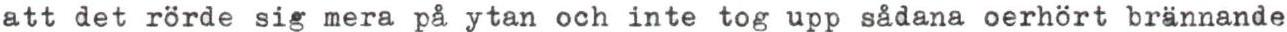
att det rörde sig mera på ytan och inte tog upp sådana oerhört brännande